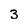
Character: 3